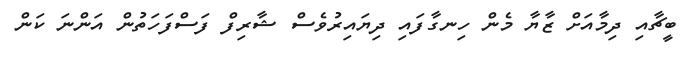
ބީޗާއި ދިމާއަށް ޒާޔާ މެން ހިނގާފައި ދިޔައިރުވެސް ޝާރިފް ފަސްފަހަތުން އަންނަ ކަން